Assam Mental Hospital (Tezpur, India) - 1933-1948
Year: 1933
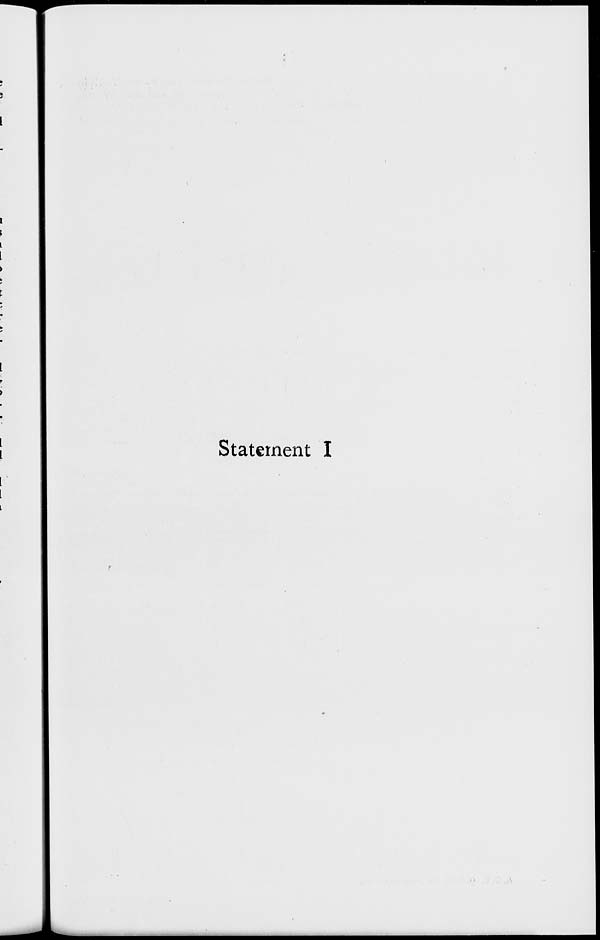
Statement I